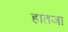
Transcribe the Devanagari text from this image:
हातजा